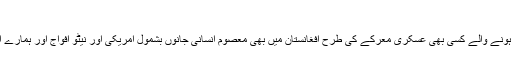
​
اس ميں کوئ شک نہيں کہ انسانی تاريخ ميں رونما ہونے والے کسی بھی عسکری معرکے کی طرح افغانستان ميں بھی معصوم انسانی جانوں بشمول امريکی اور نيٹو افواج اور ہمارے اتحاديوں کو بھی جانی نقصان برداشت کرنا پڑا ہے۔